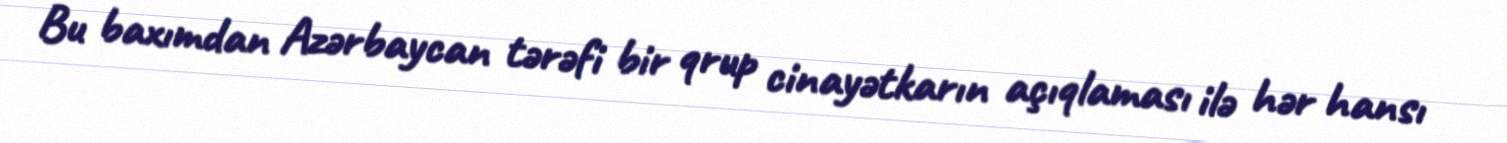
Bu baxımdan Azərbaycan tərəfi bir qrup cinayətkarın açıqlaması ilə hər hansı